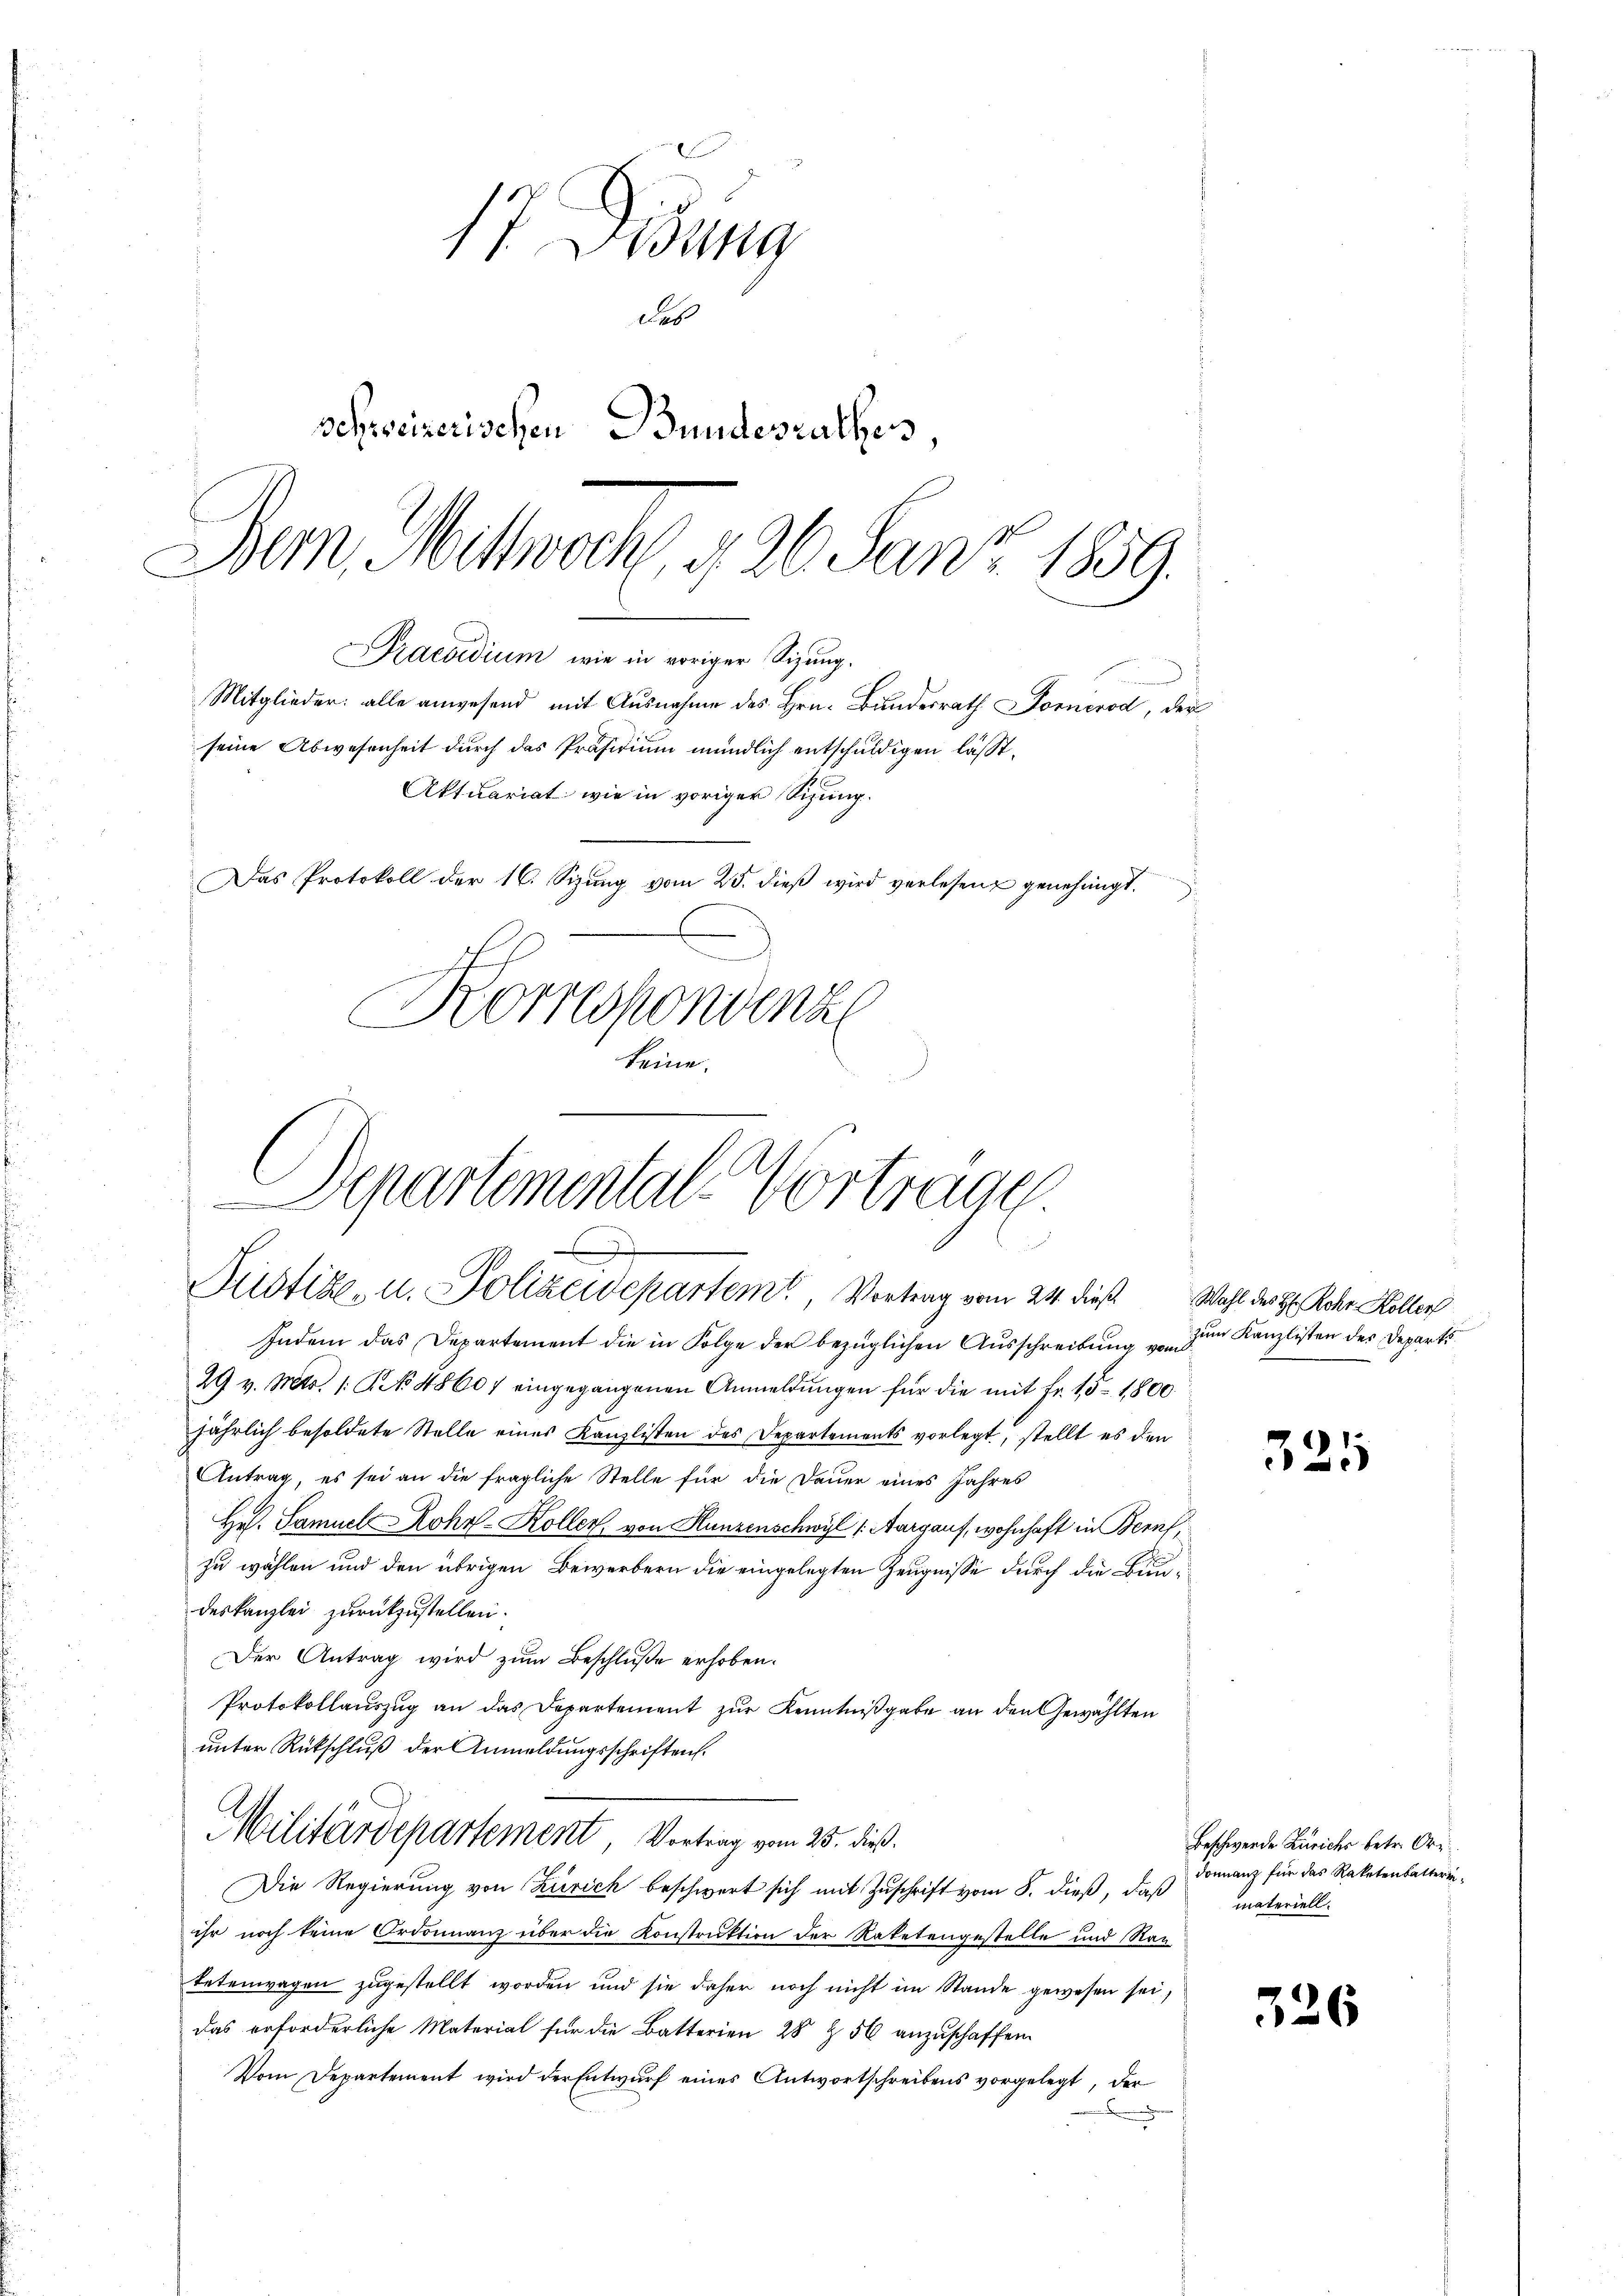
17 Didung
Fab
schweizerischen Bundesrathes
Dem Mittwoch, 426. Janz 1839.

Separtemental-Vortrage
.
Sisticke, u. Polizeidepartem, Vortrag vom 24. dieß. Wahl des Hr. Rohr Koller

Korrespondenz
keine.

Praesidium, wie in voriger Sizung.
Mitglieder: alle anwesend mit Ausnahme des Hrn. Bundesrath Dornérod, der
seine Abwesenheit durch das Präsidium mündlich entschuldigen lässt.
Aktuariat wie in voriger Sizung.
Das Protokoll der 16. Sizŭng vom 25. dieβ wird verlesen genehmigt.

Indem das Departement die in Folge der bezüglichen Ausschreibung zum Kanzlisten des Departs
29 v. Mts. 1. C. No 48607 eingegangenen Anmeldungen für die mit Fr. 15 - 1800.
jährlich besoldete Stelle eines Kanzlisten des Departements vorlegt, stellt es den
Antrag, es sei an die fragliche Stelle für die Dauer eines Jahres
Hr. Samuel Rohr-Koller, von Hunzenschwyl (Aargauf, wohnhaft in Bern,
zu wählen und den übrigen Bewerbern die eingelegten Zeugnisse durch die Bundeskanzlei zurückzustellen.
Der Antrag wird zŭm Beschluße erhoben.
Protokollauszug an das Departement zur Kenntnißgabe an den Gewählten
unter Rückschluß der Anmeldungsschriften.
Militärdepartement Vortrag vom 25. dieß.
Die Regierung von Zürich beschwert sich mit Zuschrift vom 8. dieß, daß
ihr noch keine Ordonnanz über die Konstruktion der Raketengestelle und Ran
tetenwagen zugestellt worden und sie daher noch nicht im Stande gewesen sei,
das erforderliche Material für die Batterien 28 § 56 anzuschaffen.
Vom Departement wird der Entwurf eines Antwortschreibens vorgelegt, der

325

Beschwerde Zürichs betr. Oridonnanz für das Raketenbatterinmateriell.

326